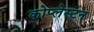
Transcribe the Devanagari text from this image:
कोप्लेस्टन